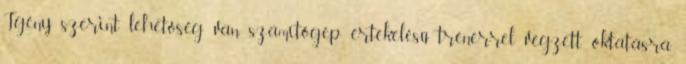
Igény szerint lehetőség van számítógép értékelésű trénerrel végzett oktatásra.